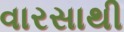
વારસાથી